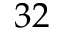
3 2